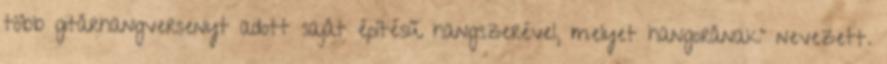
több gitárhangversenyt adott saját építésű hangszerével, melyet hangorának" nevezett.